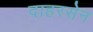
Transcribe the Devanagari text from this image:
दाहरसेन